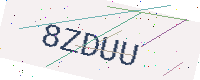
Text: 8ZDUU